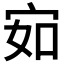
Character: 𰌽